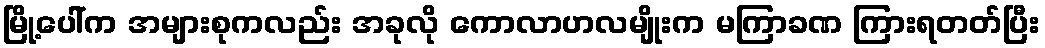
မြို့ပေါ်က အများစုကလည်း အခုလို ကောလာဟလမျိုးက မကြာခဏ ကြားရတတ်ပြီး